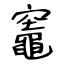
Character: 竈